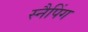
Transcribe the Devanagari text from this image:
स्नैपिंग